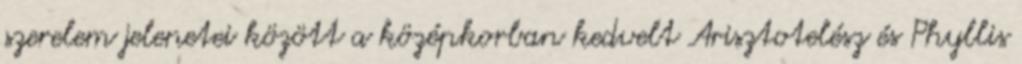
szerelem jelenetei között a középkorban kedvelt Arisztotelész és Phyllis